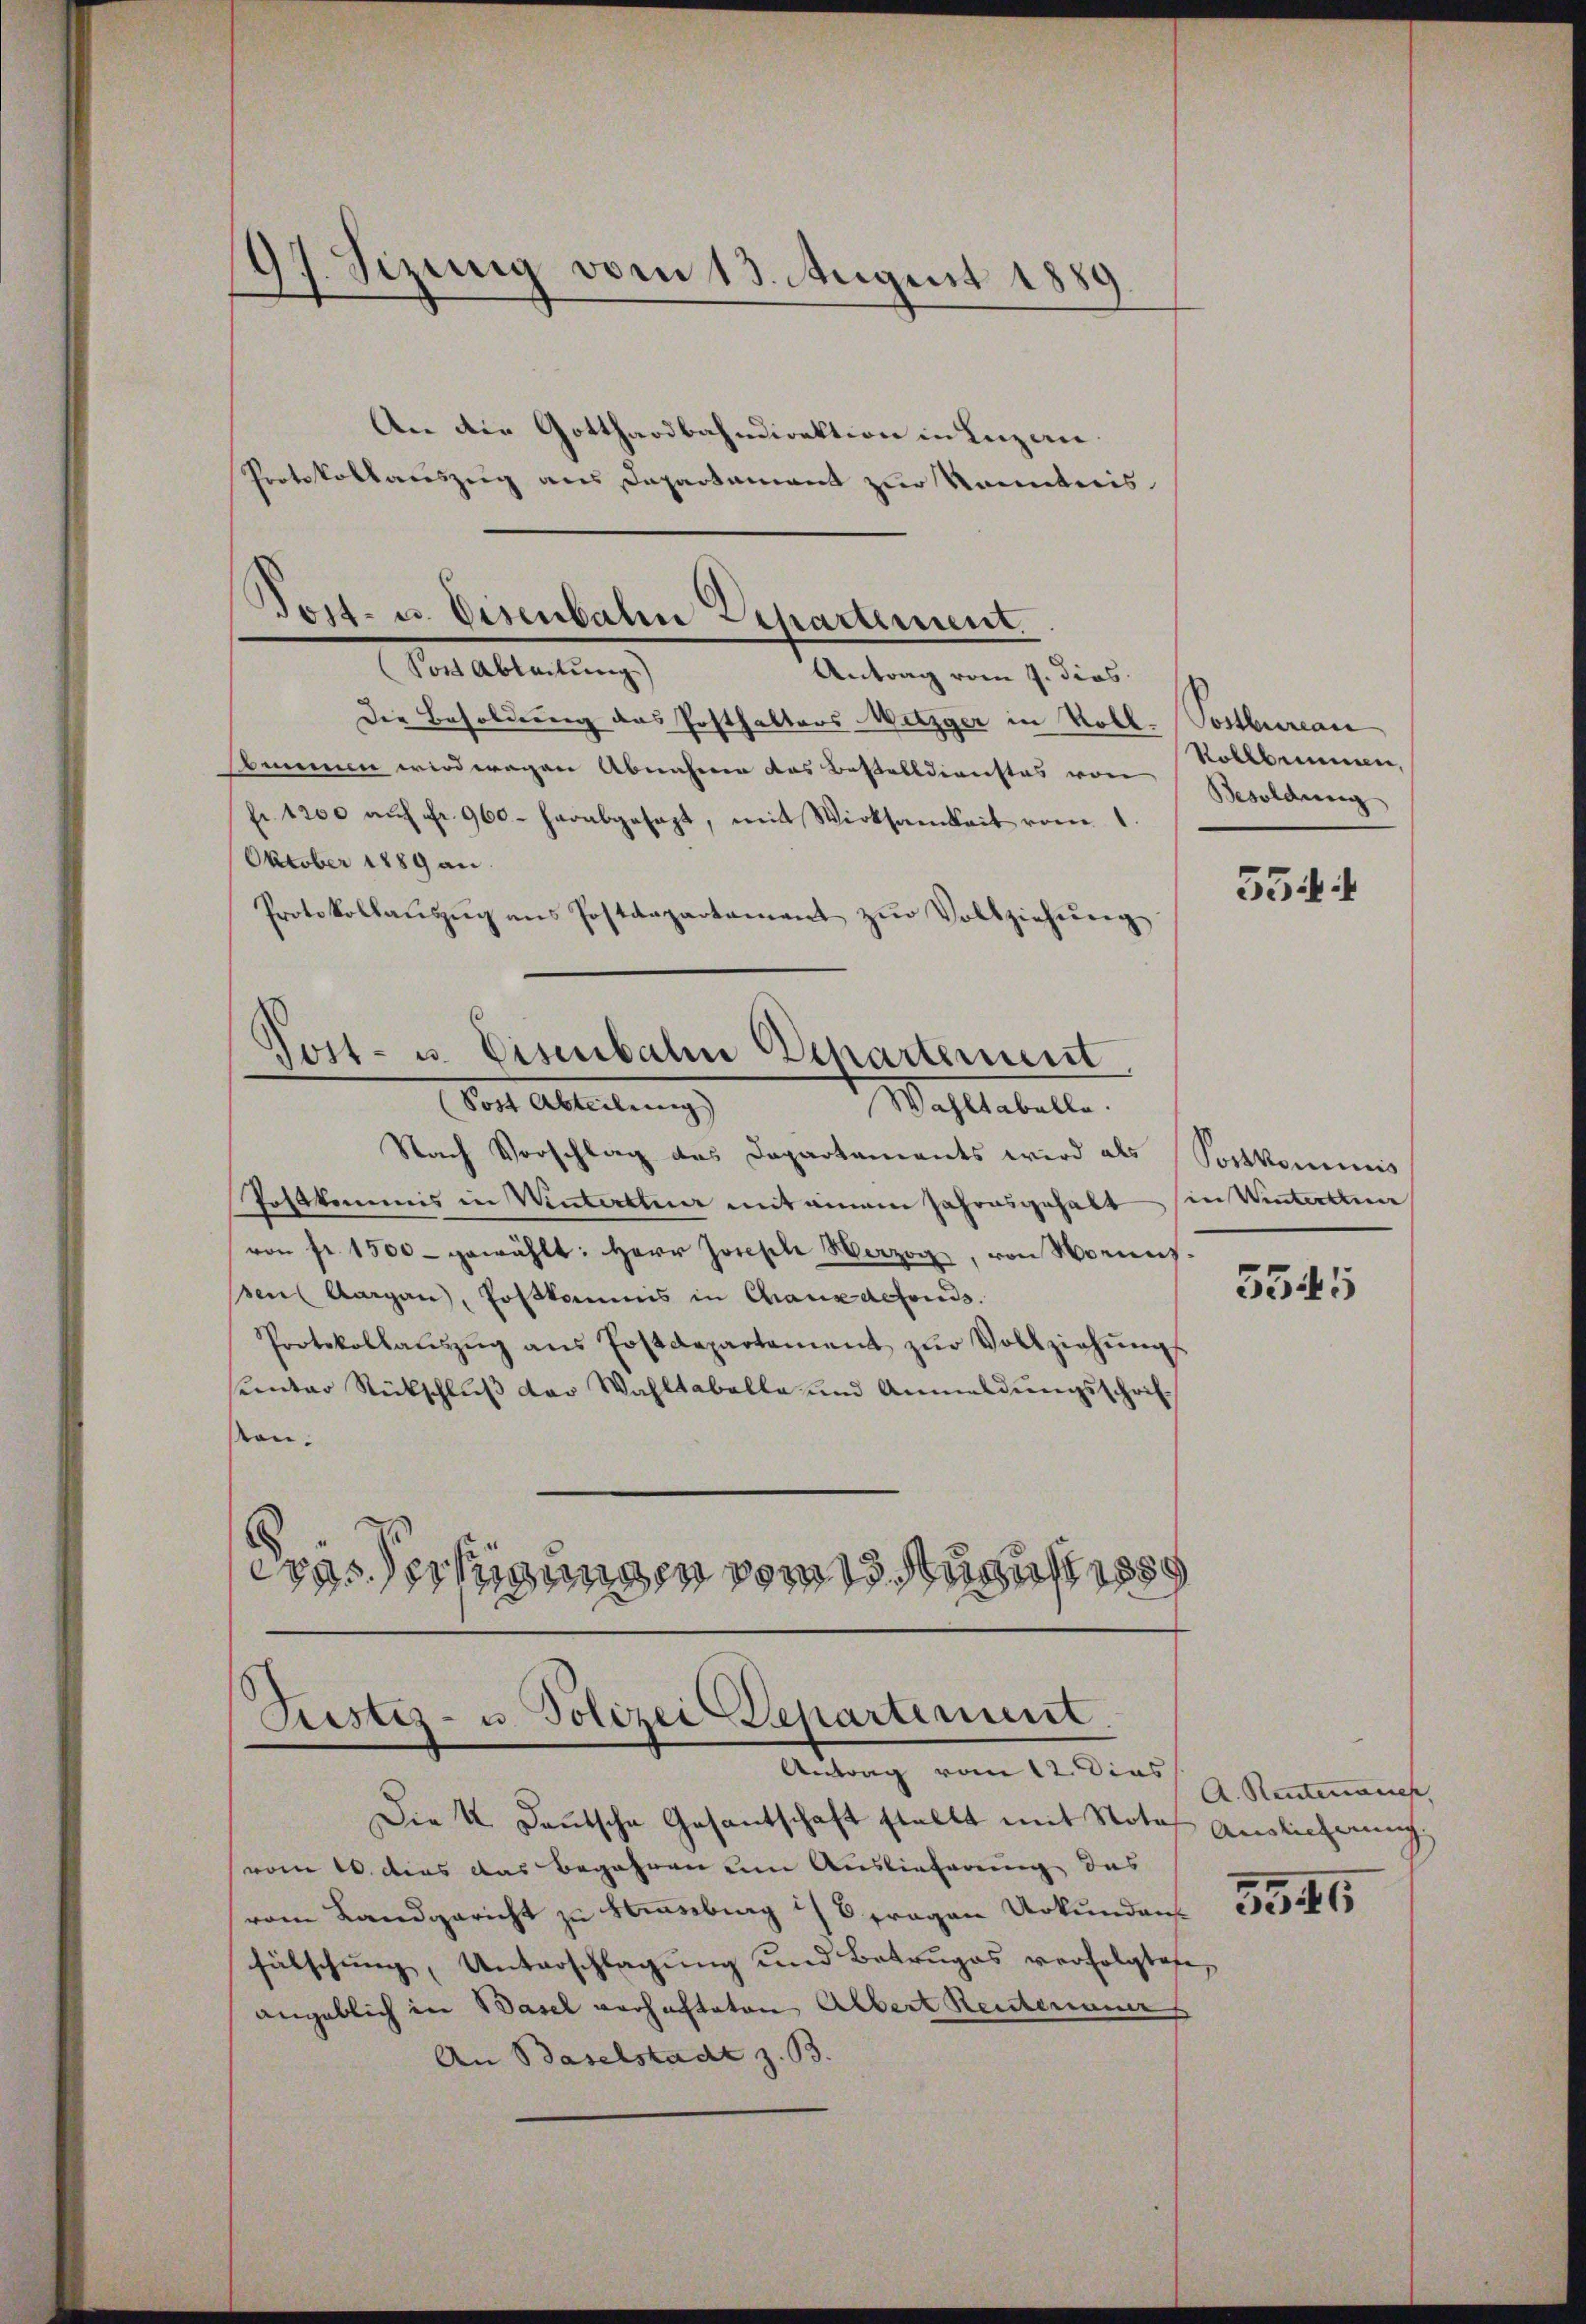
).
sizung vom 13. August 1885
A

An die Gotthardbahndirektion in Luzern.
Protokollauszug aus Departement zur Kenntnis

Die Besoldung das Posthalters Metzger in Roll. Postbureau
smeinen wird wegen Abnahmen das Bestelldienstes von
fr. 1200 aŭf Fr. 960. herabgesagt, mit Wirksamkeit vom 1.
Oktober 1889 an
Protokollaŭszŭg ans Postdepartament zŭr Vollziehŭng
Nach Vorschlag des Departements wird als
Postkommis in Winterttuar mit einem Jahresgehalt in Winterthun
von fr. 1500 - gewählt: Herr Joseph Herzog, von Woraus
sen Aargau, Postkommis in Chauxdefonds.
Protokollaŭszŭg ans Postdepartament zŭr Vollziehŭngs
sentar Rückschluß der Wahltabelle und Anmeldungsschrif
ston.
wassertigungen vom 13. August 1859

Tost- u. Eisenbahn Departement.
Sont Ableitung.)
Antrag vom 7. dies

Post- u. Eisenbahn Departement
Sost Abteilung
Wahltabelle.

Justiz- u. Polizei Repartement.
Antrag vom 12. Dies

Kollbrunnen,
Besoldung

Die 4 Deutsche Gesantschaft stellt mit Note Auslieferung
vom 10. dies das Begehren um Auslieferung des
vom Landgericht zu Hanseburg i. B. Fragen Urkunden
fälschung, Unterschlagung und Betruges verfolgtete,
angeblich in Basel verhafteten Albert Reutenauers
An Baselstadt z. B.

554 f

Postkominis

5545

A. Renten auch,